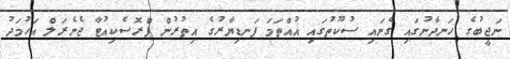
ނަޖީބުގެ ހަނދާނުގައި ގެނައި ސުކޫތުގައި އުއްތަމަ ފަނޑިޔާރުގެ އިތުރުން ޕްރޮސެކިއުޓާ ޖެނެރަލް އަހުމަދު